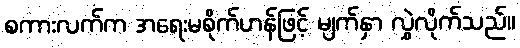
စကားလက်က အရေးမစိုက်ဟန်ဖြင့် မျက်နှာ လွှဲလိုက်သည်။